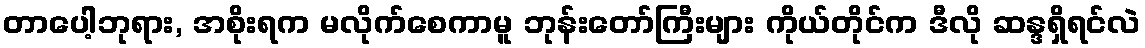
တာပေါ့ဘုရား, အစိုးရက မလိုက်စေကာမူ ဘုန်းတော်ကြီးများ ကိုယ်တိုင်က ဒီလို ဆန္ဒရှိရင်လဲ